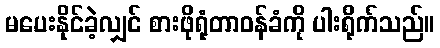
မပေးနိုင်ခဲ့လျှင် စားဖိုရုံတာဝန်ခံကို ပါးရိုက်သည်။